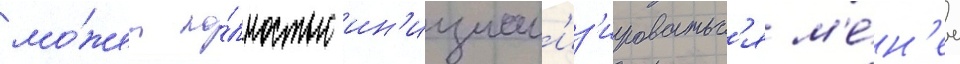
мо́жет по́лностью ин'ициал'из'ироватьс'я м'е́н'ее